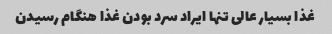
غذا بسیار عالی تنها ایراد سرد بودن غذا هنگام رسیدن